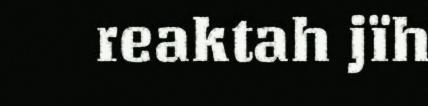
reaktah jïh